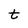
Character: t